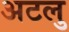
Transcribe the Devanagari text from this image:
अटलु